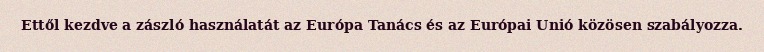
Ettől kezdve a zászló használatát az Európa Tanács és az Európai Unió közösen szabályozza.